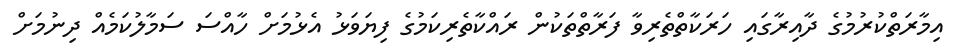
އިމާރަތްކުރުމުގެ ދާއިރާގައި ހަރަކާތްތެރިވާ ފަރާތްތަކުން ރައްކާތެރިކަމުގެ ފިޔަވަޅު އެޅުމަށް ހާއްސަ ސަމާލުކަމެއް ދިނުމަށް